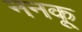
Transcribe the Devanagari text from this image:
ननकू